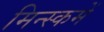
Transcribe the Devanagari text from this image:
मिन्स्कमें